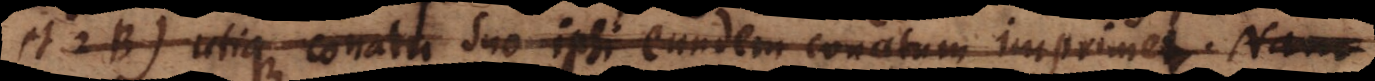
et B) utique conatu suo ipsi eundem conatum imprimet. Nam